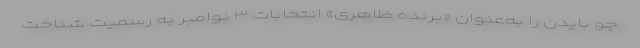
جو بایدن را به‌عنوان «برنده ظاهری» انتخابات ۳ نوامبر به رسمیت شناخت